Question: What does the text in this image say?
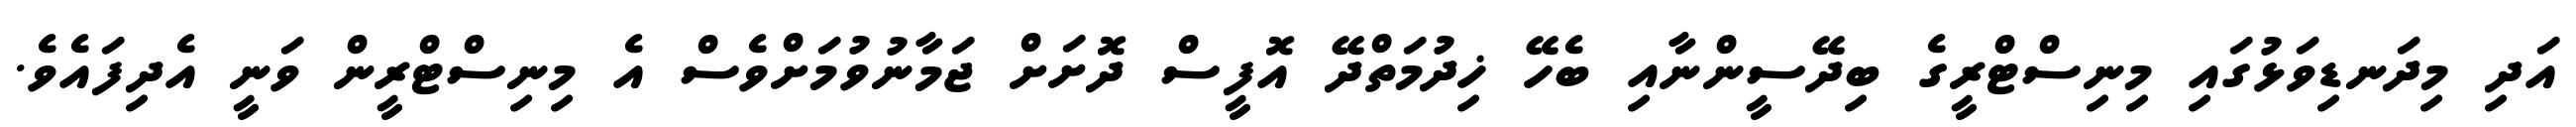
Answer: އަދި މިދަނޑިވަޅުގައި މިނިސްޓްރީގެ ބިދޭސީންނާއި ބެހޭ ޚިދުމަތްދޭ އޮފީސް ދޮށަށް ޖަމާނުވުމަށްވެސް އެ މިނިސްޓްރީން ވަނީ އެދިފައެވެ.